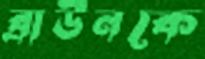
ব্রাউনকে